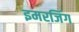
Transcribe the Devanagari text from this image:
इमरजिंग